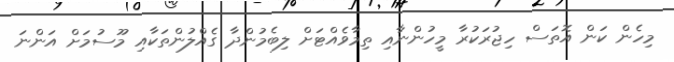
މިހެން ކަން އޮތަސް ހިޖުރަކުރާ މީހުންނާއި ތިމާވެއްޓަށް ލިބެމުންދާ ގެއްލުންތަކާއި މޫސުމަށް އަންނަ